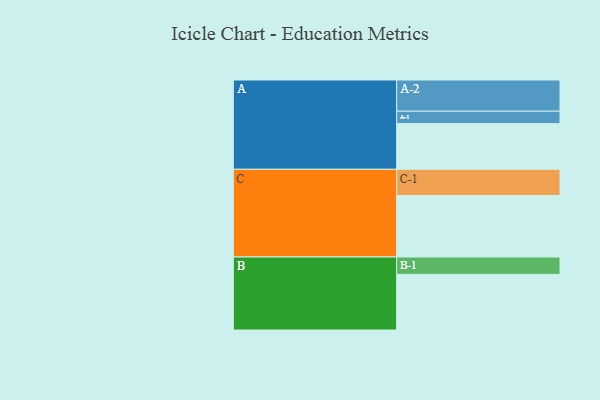
{"axis": {"x": "Segment", "y": "Value"}, "legend": ["", "A", "B", "C"], "data": [{"x": "A", "y": 429, "type": ""}, {"x": "B", "y": 523, "type": ""}, {"x": "C", "y": 578, "type": ""}, {"x": "A-1", "y": 117, "type": "A"}, {"x": "A-2", "y": 293, "type": "A"}, {"x": "B-1", "y": 163, "type": "B"}, {"x": "C-1", "y": 246, "type": "C"}]}